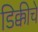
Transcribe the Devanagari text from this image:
डिक्कीचे